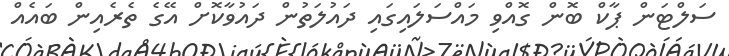
ސަލްޓަން ޕާކް ބޮން ގޮއްވި މައްސަލައިގައި ދައުލަތުން ދައުވާކޮށް އޭގެ ތެރެއިން ބައެއް